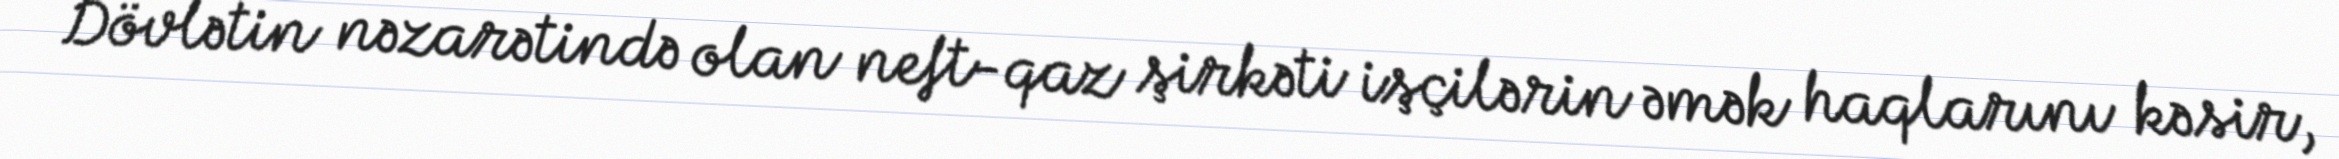
Dövlətin nəzarətində olan neft-qaz şirkəti işçilərin əmək haqlarını kəsir,